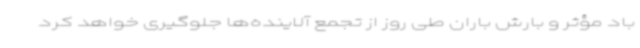
باد مؤثر و بارش باران طی روز از تجمع آلاینده‌ها جلوگیری خواهد کرد